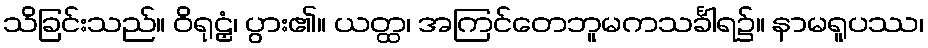
သိခြင်းသည်။ ဝိရုဠှံ၊ ပွား၏။ ယတ္ထ၊ အကြင်တေဘူမကသင်္ခါရ၌။ နာမရူပဿ၊